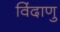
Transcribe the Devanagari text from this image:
विंदाणु